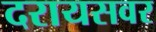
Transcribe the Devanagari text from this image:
दरायसवर